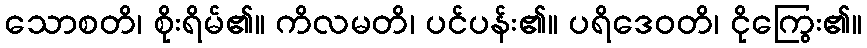
သောစတိ၊ စိုးရိမ်၏။ ကိလမတိ၊ ပင်ပန်း၏။ ပရိဒေဝတိ၊ ငိုကြွေး၏။